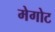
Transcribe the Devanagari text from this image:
मेगोट